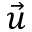
\vec { u }